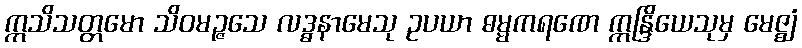
ဣသိသတ္တမော သိဝမဉ္ဇသေ လဒ္ဓနာမေသု ဥပယာ ဓမ္မကရဏေ ဣန္ဒြိယေသုမှ မေဇ္ဈံ